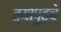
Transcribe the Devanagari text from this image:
त्यापुढचे